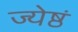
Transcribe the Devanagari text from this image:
ज्येष्ठं